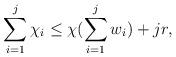
LaTeX: \begin{align*}\sum\limits_{i=1}^j \chi_i \leq \chi(\sum\limits_{i=1}^j w_i) + jr,\end{align*}